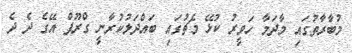
މުބާރާތުގައި މާދަމާ ހަވީރު ކުޅޭ މެޗުގައި ބައްދަލުކުރާނީ ގްރޫޕް އޭގެ ދެ ދެ